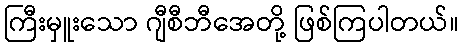
ကြီးမှူးသော ဂျီစီဘီအေတို့ ဖြစ်ကြပါတယ်။